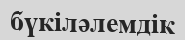
бүкіләлемдік